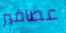
عصافير